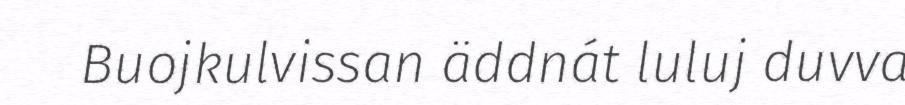
Buojkulvissan äddnát luluj duvva